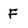
Character: F